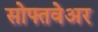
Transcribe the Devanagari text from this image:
सोफ्तवेअर